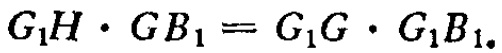
\(G_{1}H\cdot GB_{1}=G_{1}G\cdot G_{1}B_{1}\)